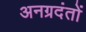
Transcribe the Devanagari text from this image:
अनग्रदंतों